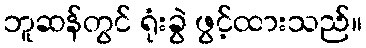
ဘူဆန်တွင် ရုံးခွဲ ဖွင့်ထားသည်။